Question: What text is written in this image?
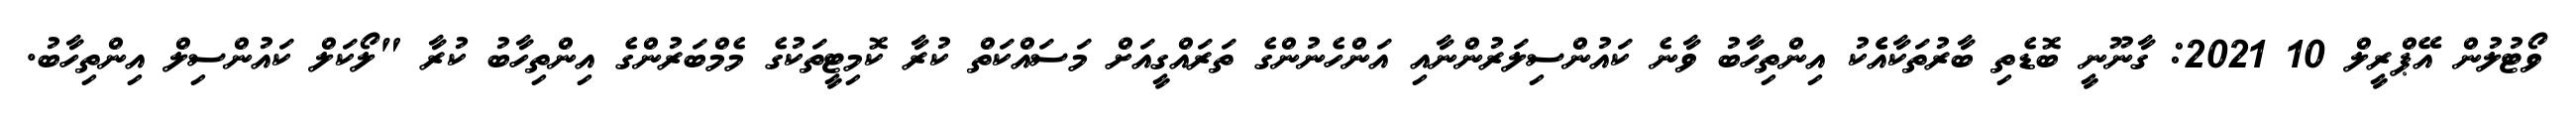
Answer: ވޯޓުލުން އޭޕްރީލް 10 2021: ގާނޫނީ ބޮޑެތި ބާރުތަކާއެެކު އިންތިހާބު ވާނެ ކައުންސިލަރުންނާއި އަންހެނުންގެ ތަރައްގީއަށް މަސައްކަތް ކުރާ ކޮމިޓީތަކުގެ މެމްބަރުންގެ އިންތިހާބު ކުރާ "ލޯކަލް ކައުންސިލް އިންތިހާބު.